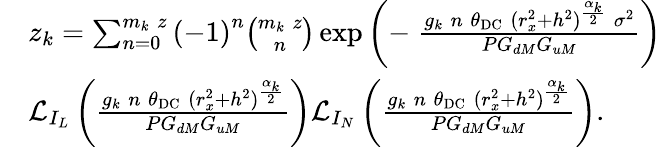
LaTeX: \begin{array}{rl}&{z_{k}=\sum_{n=0}^{m_{k}\; z}\left(-1\right)^{n}{\binom{m_{k}\; z}{n}}\exp\left(-\; \frac{g_{k}\; n\; \theta_{\mathrm{DC}}\; (r_{x}^{2}+h^{2})^{\frac{\alpha_{k}}{2}}\; \sigma^{2}}{PG_{dM}G_{uM}}\right)}\\ &{\mathcal{L}_{I_{L}}\left(\frac{g_{k}\; n\; \theta_{\mathrm{DC}}\; (r_{x}^{2}+h^{2})^{\frac{\alpha_{k}}{2}}}{PG_{dM}G_{uM}}\right)\mathcal{L}_{I_{N}}\left(\frac{g_{k}\; n\; \theta_{\mathrm{DC}}\; (r_{x}^{2}+h^{2})^{\frac{\alpha_{k}}{2}}}{PG_{dM}G_{uM}}\right).}\end{array}